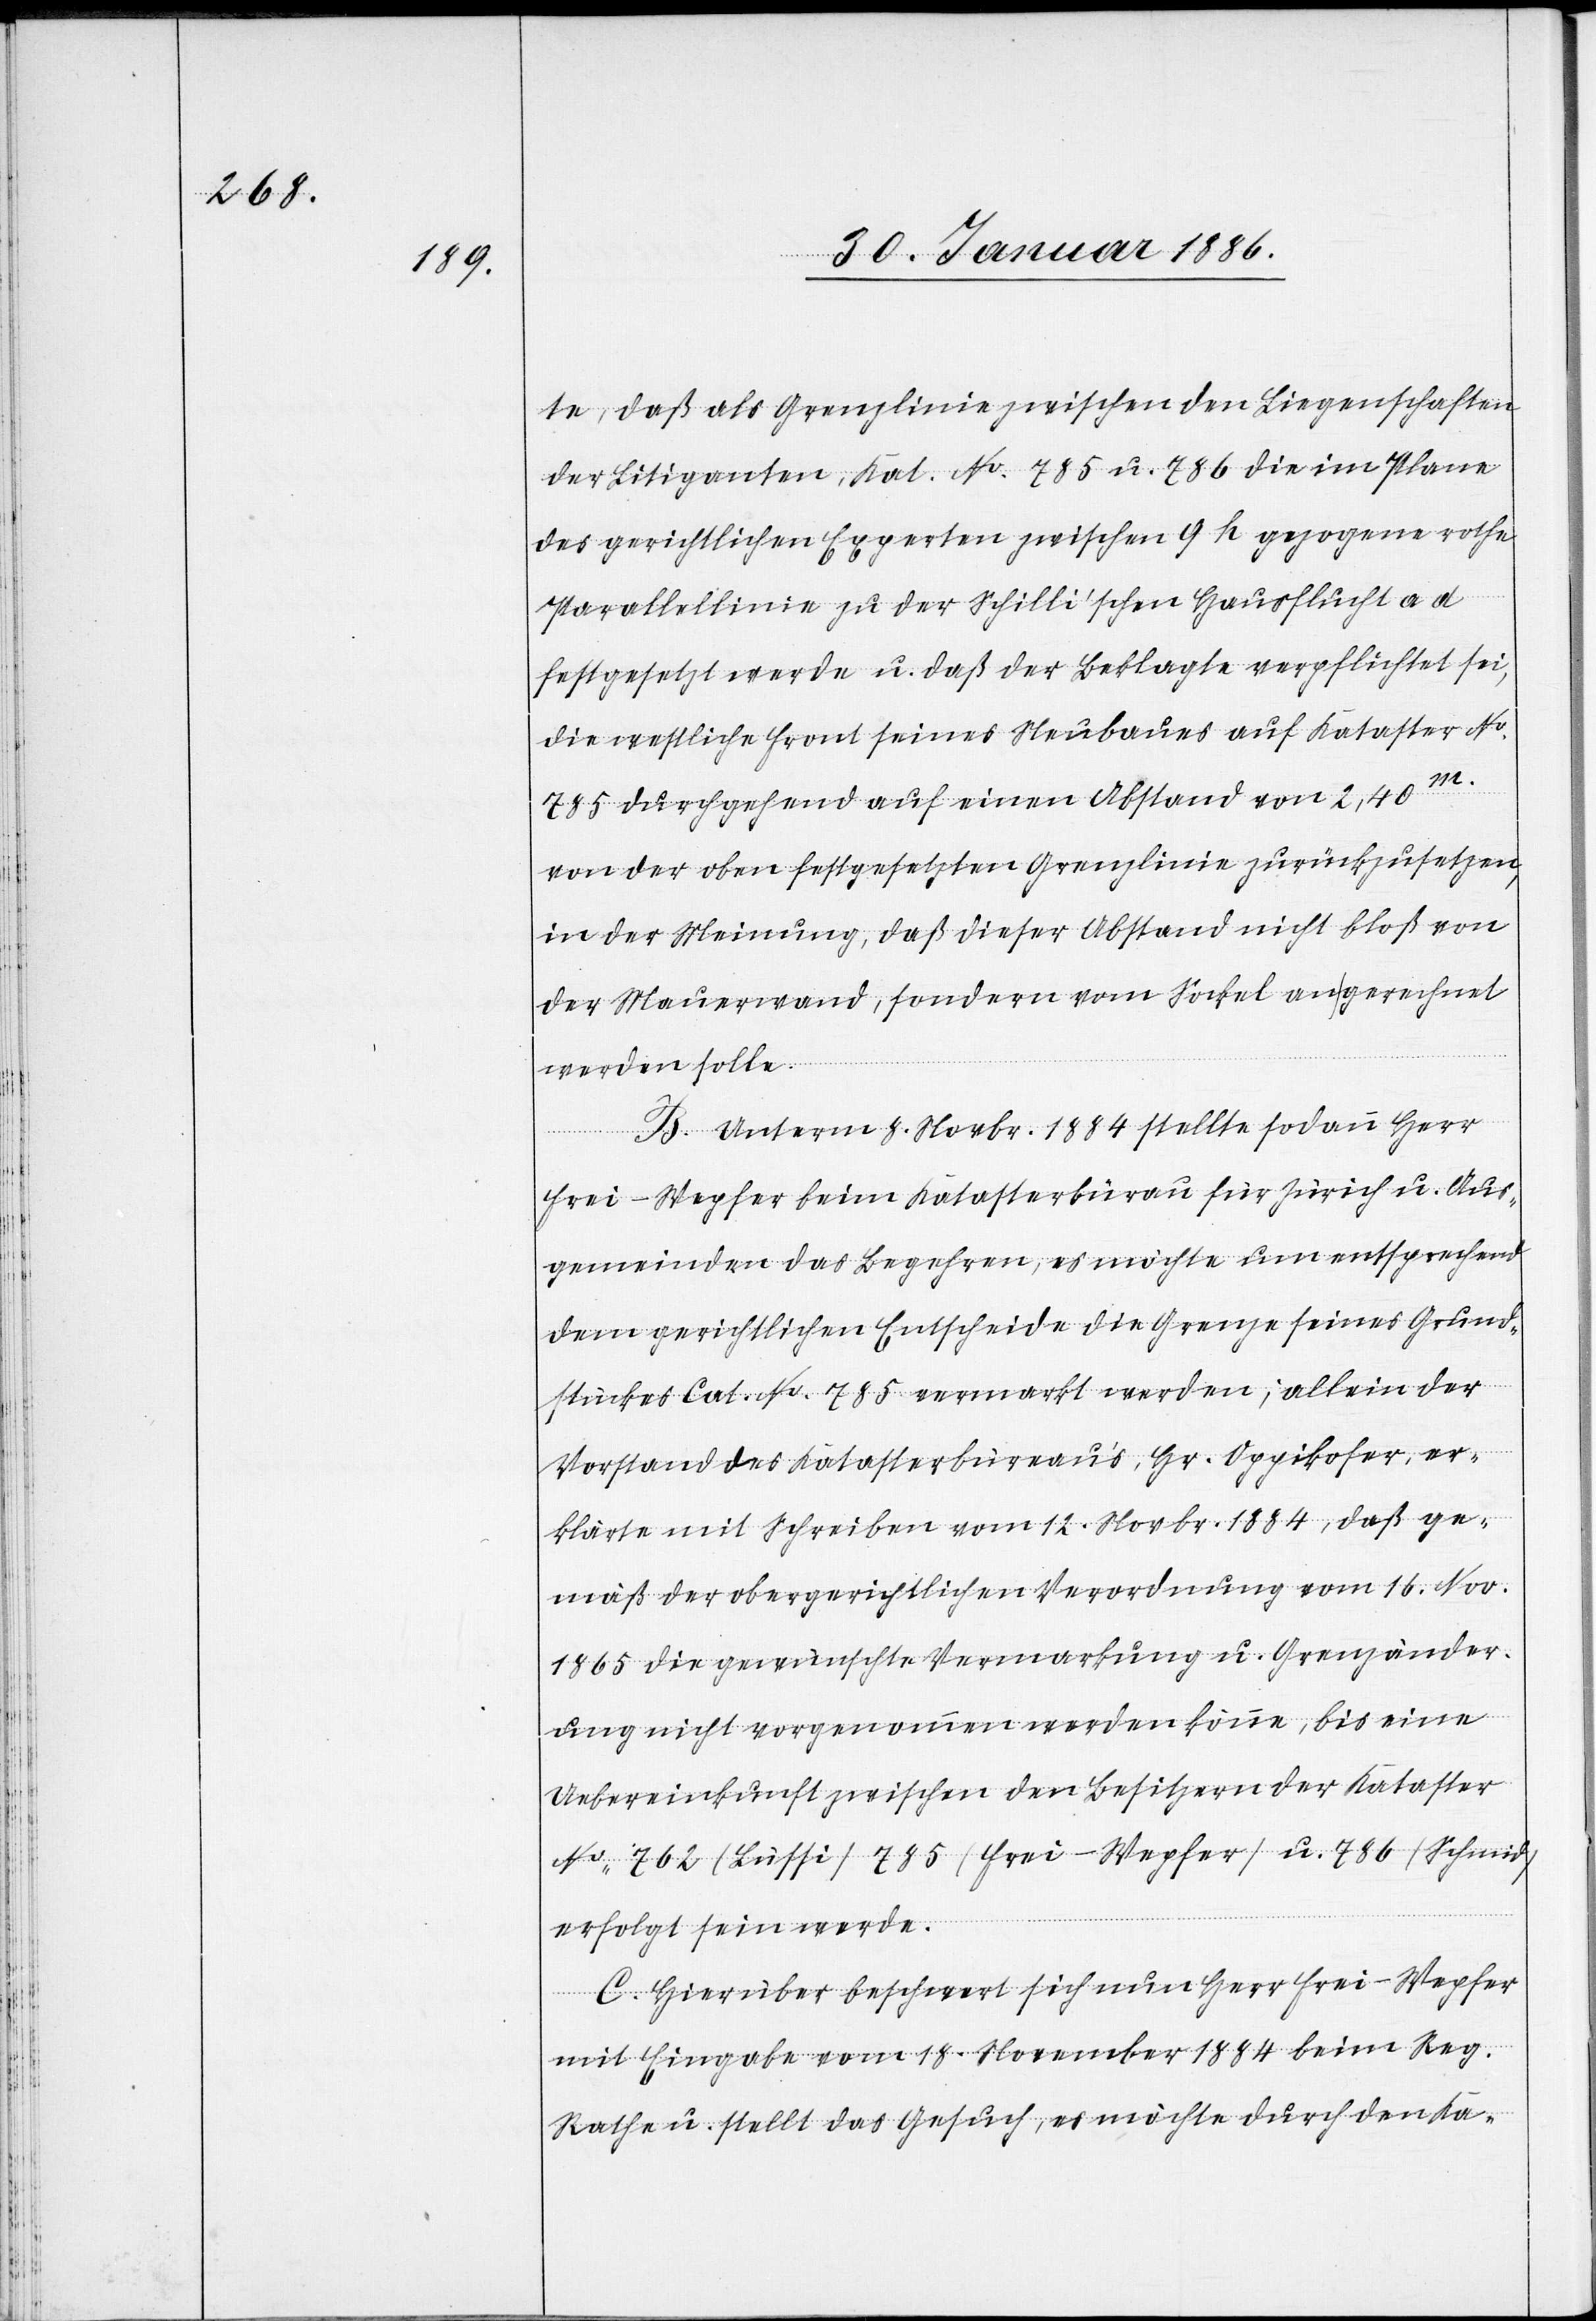
ten, daß als Grenzlinie zwischen den Liegenschaften
der Litiganten, Kat. No. 785 u. 786 die im Plane
des gerichtlichen Experten zwischen 9 h gezogene rothe
Parallellinie zu der Schilli’schen Hausflucht a d
festgesetzt werde u. daß der Beklagte verpflichtet sei,
die westliche Front seines Neubaues auf Kataster No.
785 durchgehend auf einen Abstand von 2,40 m.
von der oben festgesetzten Grenzlinie zurückzusetzen,
in der Meinung, daß dieser Abstand nicht bloß von
der Mauerwand, sondern vom Sockel an gerechnet
werden solle.
B. Unterm 8. Novbr. 1884 stellte sodann Herr
Frei-Wepfer beim Katasterbureau für Zürich u. Aus¬
gemeinden das Begehren, es möchte nun entsprechend
dem gerichtlichen Entscheide die Grenze seines Grund¬
stückes Cat. No. 785 vermarkt werden; allein der
Vorstand des Katasterbureaus, Hr. Oppikofer, er¬
klärte mit Schreiben vom 12. Novbr. 1884, daß ge¬
mäß der obergerichtlichen Verordnung vom 16. Nov.
1865 die gewünschte Vermarkung u. Grenzänder¬
ung nicht vorgenommen werden könne, bis eine
Uebereinkunft zwischen den Besitzern der Kataster
No. 762 (Lüssi) 785 (Frei-Wepfer) u. 786 (Schmid)
erfolgt sein werde.
C. Hierüber beschwert sich nun Herr Frei-Wepfer
mit Eingabe vom 18. November 1884 beim Reg.
Rath u. stellt das Gesuch, es möchte durch den Ka-